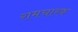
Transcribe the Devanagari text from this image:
रामचारक